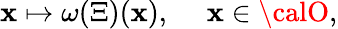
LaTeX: \mathbf{x}\mapsto\omega(\Xi)(\mathbf{x}),\quad\ \mathbf{x}\in{\calO},